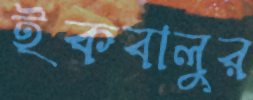
ইকবালুর